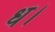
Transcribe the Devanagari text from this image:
ध।